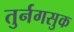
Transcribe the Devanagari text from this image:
तुर्नगसुक